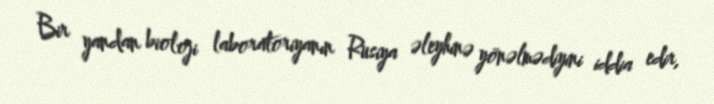
Bir yandan bioloji laboratoriyanın Rusiya əleyhinə yönəlmədiyini iddia edir,